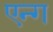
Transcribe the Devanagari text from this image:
एन्ग